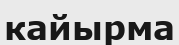
кайырма